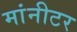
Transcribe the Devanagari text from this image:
मांनीटर